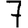
Digit: 7